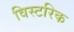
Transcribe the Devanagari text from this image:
विस्टरिक